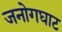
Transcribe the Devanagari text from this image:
जनोगघाट